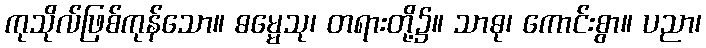
ကုသိုလ်ဖြစ်ကုန်သော။ ဓမ္မေသု၊ တရားတို့၌။ သာဓု၊ ကောင်းစွာ။ ပညာ၊